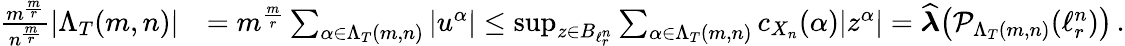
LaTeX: \begin{array}{rl}{\frac{m^{\frac{m}{r}}}{n^{\frac{m}{r}}}|\Lambda_{T}(m,n)|}&{=m^{\frac{m}{r}}\sum_{\alpha\in\Lambda_{T}(m,n)}|u^{\alpha}|\leq\operatorname*{sup}_{z\in B_{\ell_{r}^{n}}}\sum_{\alpha\in\Lambda_{T}(m,n)}c_{X_{n}}(\alpha)|z^{\alpha}|=\widehat{\boldsymbol{\lambda}}\big(\mathcal{P}_{\Lambda_{T}(m,n)}(\ell_{r}^{n})\big)\, .}\end{array}